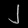
Digit: ၂